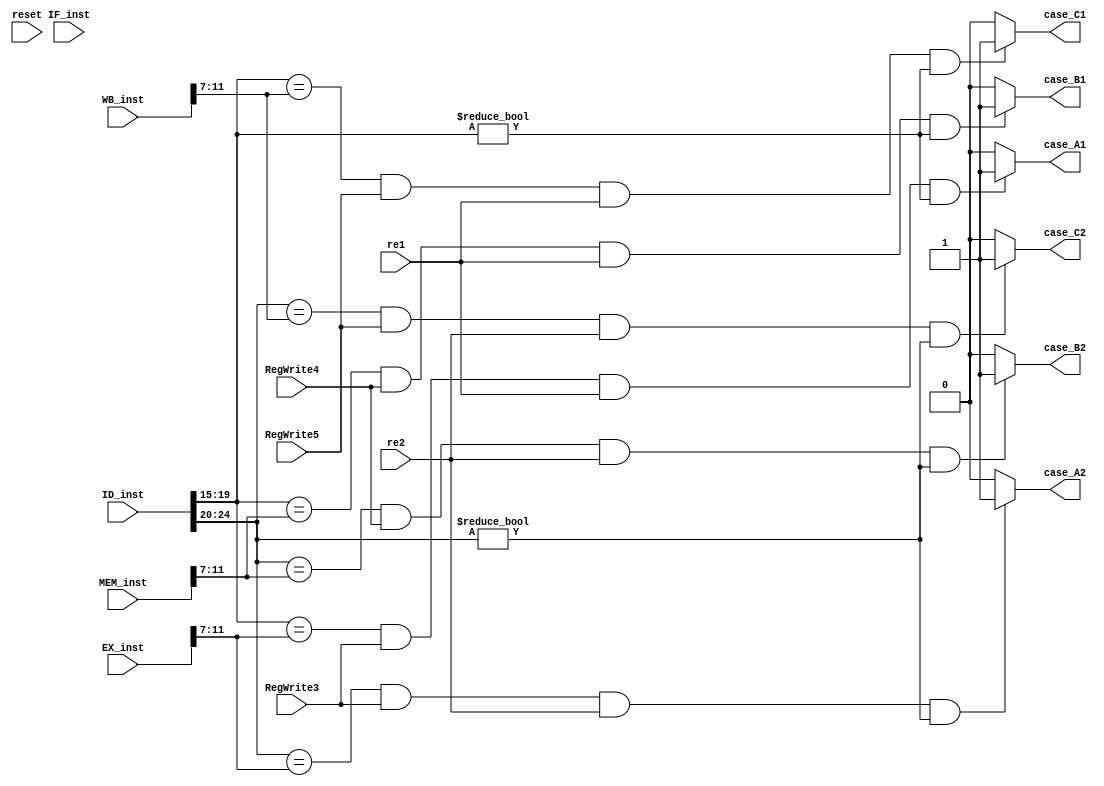

//////////////////////////////////////////////////////////////////////////////////
// Company: 
// Engineer: 
// 
// Design Name: 
// Module Name: data_hazard_test
// Project Name: 
// Target Devices: 
// Tool Versions: 
// Description: 
// 
// Dependencies: 
// 
// Revision:
// Revision 0.01 - File Created
// Additional Comments:
// 
//////////////////////////////////////////////////////////////////////////////////


module data_hazard_test(
    input reset,
    input [31:0] IF_inst,
    input [31:0] ID_inst,
    input [31:0] EX_inst,
    input [31:0] MEM_inst,
    input [31:0] WB_inst,
    input RegWrite3,
	input RegWrite4,
	input RegWrite5,
    input re1,
    input re2,
	//input bubble,
    output reg   case_A1,
    output reg  case_B1,
    output reg case_C1,
output reg   case_A2,
    output reg  case_B2,
    output reg case_C2
    );
    reg [4:0] ID_RS1;
    reg [4:0] ID_RS2;
    reg [4:0] EX_RD;
    reg [4:0] MEM_RD;
    reg [4:0] WB_RD;
    reg [6:0] ID_opcode;
    always@(*)
    begin
        ID_RS1 = ID_inst[19:15];
        ID_RS2 = ID_inst[24:20];
        ID_opcode = ID_inst[6:0];
        EX_RD = EX_inst[11:7];
        MEM_RD = MEM_inst[11:7];
        WB_RD = WB_inst[11:7];
        if(reset != 1)
        begin
            case_A1 = 0;
            case_B1 = 0;
            case_C1 = 0;
            case_A2 = 0;
            case_B2 = 0;
            case_C2 = 0;
            
        end
        if((ID_RS1 == EX_RD ) && (RegWrite3 == 1)&&(re1 == 1) &&(ID_RS1 != 0))
        begin
            case_A1 = 1;
        end
	else 
	begin
		case_A1 = 0;
	end

        if((ID_RS2 == EX_RD) && (RegWrite3 == 1)&&(re2 == 1)  &&(ID_RS2 != 0))
        begin
            case_A2 = 1;
        end
        else
        begin
            case_A2 = 0;
        end
        if((ID_RS1 == MEM_RD) && (RegWrite4 == 1) &&(re1 == 1) &&(ID_RS1!= 0))
        begin
            case_B1 = 1;
        end
	else 
	begin
	case_B1 = 0;
	end
        if((ID_RS2== MEM_RD) && (RegWrite4 == 1)&&(re2 == 1)  &&(ID_RS2 != 0))
        begin
            case_B2 = 1;
        end
        else
        begin
            case_B2 = 0;
        end
        if((ID_RS1 == WB_RD) && (RegWrite5 == 1)&&(re1 == 1)  &&(ID_RS1 != 0))
        begin
            case_C1 = 1;
        end
	else 
	begin
                      case_C1 = 0;
	end
        if((ID_RS2 == WB_RD) && (RegWrite5 == 1) &&(re2 == 1) &&(ID_RS2 != 0))
        begin
            case_C2 = 1;
        end
        else
        begin
            case_C2 = 0;
        end
    
    end
    
endmodule